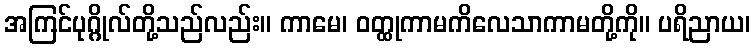
အကြင်ပုဂ္ဂိုလ်တို့သည်လည်း။ ကာမေ၊ ဝတ္ထုကာမကိလေသာကာမတို့ကို။ ပရိညာယ၊